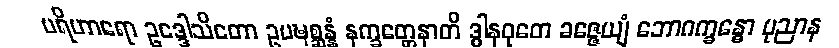
ပရိဟာရော ဥဒ္ဒေါသိတော ဥပဍ္ဎစ္ဆန္နံ နက္ခတ္တေနာတိ ဒွါနဝုတေ ခဇ္ဇေယျံ ဘောဂက္ခန္ဓော ပုညာန